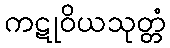
ကဋုဝိယသုတ္တံ